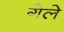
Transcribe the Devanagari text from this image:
गेले़